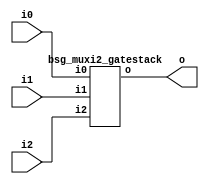
// This program was cloned from: https://github.com/chipsalliance/synlig
// License: Apache License 2.0



module top
(
  i0,
  i1,
  i2,
  o
);

  input [15:0] i0;
  input [15:0] i1;
  input [15:0] i2;
  output [15:0] o;

  bsg_muxi2_gatestack
  wrapper
  (
    .i0(i0),
    .i1(i1),
    .i2(i2),
    .o(o)
  );


endmodule



module bsg_muxi2_gatestack
(
  i0,
  i1,
  i2,
  o
);

  input [15:0] i0;
  input [15:0] i1;
  input [15:0] i2;
  output [15:0] o;
  wire [15:0] o;
  wire N0,N1,N2,N3,N4,N5,N6,N7,N8,N9,N10,N11,N12,N13,N14,N15,N16,N17,N18,N19,N20,N21,
  N22,N23,N24,N25,N26,N27,N28,N29,N30,N31,N32,N33,N34,N35,N36,N37,N38,N39,N40,N41,
  N42,N43,N44,N45,N46,N47;
  assign N17 = (N0)? i1[0] : 
               (N16)? i0[0] : 1'b0;
  assign N0 = i2[0];
  assign N19 = (N1)? i1[1] : 
               (N18)? i0[1] : 1'b0;
  assign N1 = i2[1];
  assign N21 = (N2)? i1[2] : 
               (N20)? i0[2] : 1'b0;
  assign N2 = i2[2];
  assign N23 = (N3)? i1[3] : 
               (N22)? i0[3] : 1'b0;
  assign N3 = i2[3];
  assign N25 = (N4)? i1[4] : 
               (N24)? i0[4] : 1'b0;
  assign N4 = i2[4];
  assign N27 = (N5)? i1[5] : 
               (N26)? i0[5] : 1'b0;
  assign N5 = i2[5];
  assign N29 = (N6)? i1[6] : 
               (N28)? i0[6] : 1'b0;
  assign N6 = i2[6];
  assign N31 = (N7)? i1[7] : 
               (N30)? i0[7] : 1'b0;
  assign N7 = i2[7];
  assign N33 = (N8)? i1[8] : 
               (N32)? i0[8] : 1'b0;
  assign N8 = i2[8];
  assign N35 = (N9)? i1[9] : 
               (N34)? i0[9] : 1'b0;
  assign N9 = i2[9];
  assign N37 = (N10)? i1[10] : 
               (N36)? i0[10] : 1'b0;
  assign N10 = i2[10];
  assign N39 = (N11)? i1[11] : 
               (N38)? i0[11] : 1'b0;
  assign N11 = i2[11];
  assign N41 = (N12)? i1[12] : 
               (N40)? i0[12] : 1'b0;
  assign N12 = i2[12];
  assign N43 = (N13)? i1[13] : 
               (N42)? i0[13] : 1'b0;
  assign N13 = i2[13];
  assign N45 = (N14)? i1[14] : 
               (N44)? i0[14] : 1'b0;
  assign N14 = i2[14];
  assign N47 = (N15)? i1[15] : 
               (N46)? i0[15] : 1'b0;
  assign N15 = i2[15];
  assign N16 = ~i2[0];
  assign o[0] = ~N17;
  assign N18 = ~i2[1];
  assign o[1] = ~N19;
  assign N20 = ~i2[2];
  assign o[2] = ~N21;
  assign N22 = ~i2[3];
  assign o[3] = ~N23;
  assign N24 = ~i2[4];
  assign o[4] = ~N25;
  assign N26 = ~i2[5];
  assign o[5] = ~N27;
  assign N28 = ~i2[6];
  assign o[6] = ~N29;
  assign N30 = ~i2[7];
  assign o[7] = ~N31;
  assign N32 = ~i2[8];
  assign o[8] = ~N33;
  assign N34 = ~i2[9];
  assign o[9] = ~N35;
  assign N36 = ~i2[10];
  assign o[10] = ~N37;
  assign N38 = ~i2[11];
  assign o[11] = ~N39;
  assign N40 = ~i2[12];
  assign o[12] = ~N41;
  assign N42 = ~i2[13];
  assign o[13] = ~N43;
  assign N44 = ~i2[14];
  assign o[14] = ~N45;
  assign N46 = ~i2[15];
  assign o[15] = ~N47;

endmodule